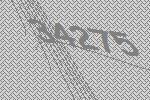
34275